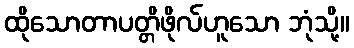
ထိုသောတာပတ္တိဖိုလ်ဟူသော ဘုံသို့။